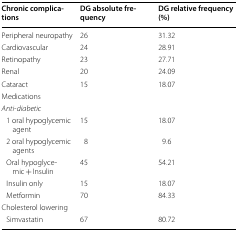
<table><thead><tr><td><b>Chronic complications</b></td><td><b>DG absolute frequency</b></td><td><b>DG relative frequency (%)</b></td></tr></thead><tbody><tr><td>Peripheral neuropathy</td><td>26</td><td>31.32</td></tr><tr><td>Cardiovascular</td><td>24</td><td>28.91</td></tr><tr><td>Retinopathy</td><td>23</td><td>27.71</td></tr><tr><td>Renal</td><td>20</td><td>24.09</td></tr><tr><td>Cataract</td><td>15</td><td>18.07</td></tr><tr><td colspan="3">Medications</td></tr><tr><td colspan="3"><i>Anti-diabetic</i></td></tr><tr><td> 1 oral hypoglycemic agent</td><td>15</td><td>18.07</td></tr><tr><td> 2 oral hypoglycemic agents</td><td>8</td><td>9.6</td></tr><tr><td> Oral hypoglycemic + Insulin</td><td>45</td><td>54.21</td></tr><tr><td> Insulin only</td><td>15</td><td>18.07</td></tr><tr><td> Metformin</td><td>70</td><td>84.33</td></tr><tr><td colspan="3">Cholesterol lowering</td></tr><tr><td> Simvastatin</td><td>67</td><td>80.72</td></tr></tbody></table>